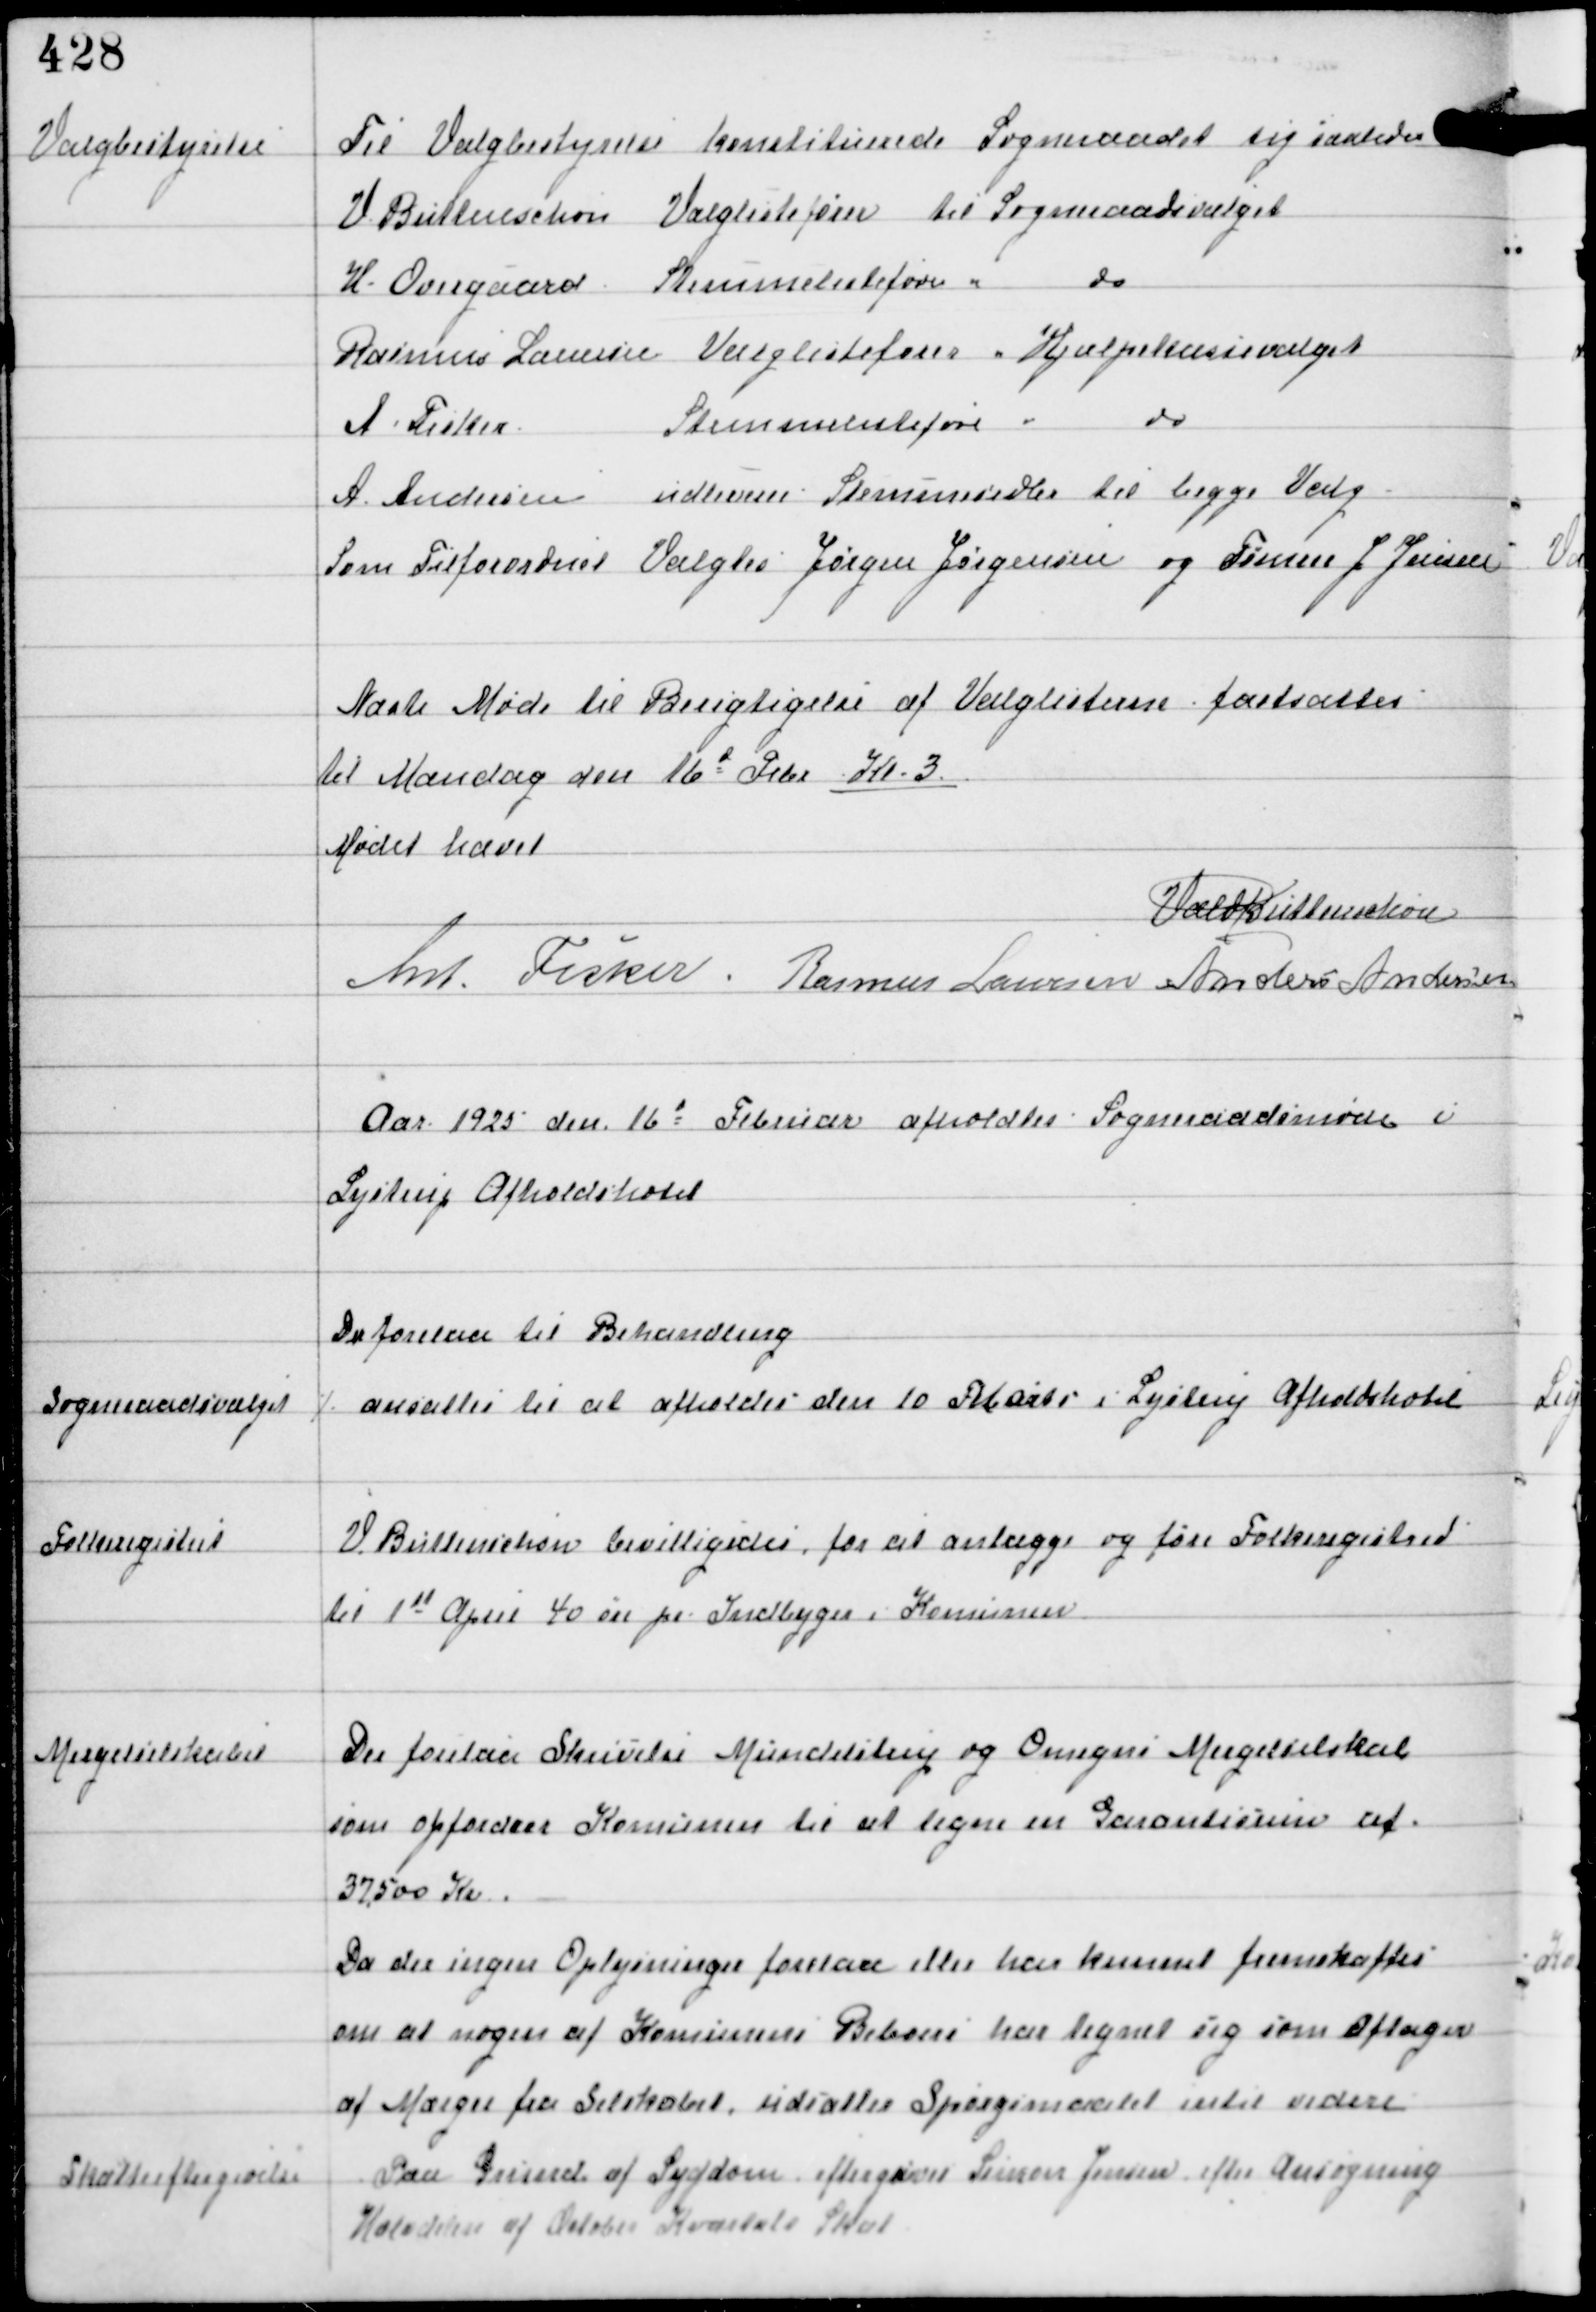
Transskription:
Valgbestyrelse

Til Valgbestyrelse konstituerede Sogneraadet sig saaledes
V Buttenschøn Valglistefører til Sogneraadsvalget
H. Overgaard Stemmelistefører " do
Rasmus Laursen Valglistefører " Hjælpekassevalget
A Fisker Stemmelistefører " do
A Andersen udleverer Stemmesedler til begge Valg
Som Tilforordnet Valgtes Jørgen Jørgensen og Tømrer J. Jensen

Næste Møde til Berigtigelse af Valglisterne fastsættes
til Mandag den 16d Febr Kl 3.

Mødet hævet
Vald Buttenschøn
Ant Fisker Rasmus Laursen Anders Andersen

Aar 1925 den 16d Februar afholdtes Sogneraadsmøde i
Lystrup Afholdshotel

Der forelaa til Behandling

Sogneraadsvalget

⁒ ansattes til at afholdes den 10 Februar i Lystrup Afholdshotel

Folkeregistret

V. Buttenschøn bevilligedes, for at anlægge og føre Folkereistret
til 1st April 40 øre pr Indbyger i Komunen.

Mergelselskabet

Der forelaa Skrivelse Mundelstrup og Omegns Mergelselskab
som opfordrer Komunen til at tegne en Garantisum af
37.500 Kr.
Da der ingen Oplysninger forelaa eller har kunnet fremskaffes
om at nogen af Komunens Beboere har tegnet sig som Aftager
af Mærgel fra Selskabet udsattes Spørgsmaalet intil videre

Skatteeftergivelse

Paa Grund af Sygdom eftergives Simon Jensen efter Ansøgning
Halvdelen af Oktober Kvartals Skat